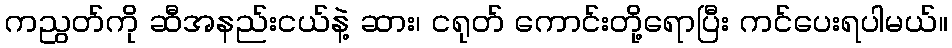
ကညွတ်ကို ဆီအနည်းငယ်နဲ့ ဆား၊ ငရုတ် ကောင်းတို့ရောပြီး ကင်ပေးရပါမယ်။